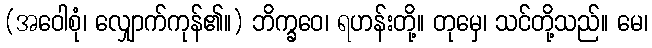
(အဝေါစုံ၊ လျှောက်ကုန်၏။) ဘိက္ခဝေ၊ ရဟန်းတို့။ တုမှေ၊ သင်တို့သည်။ မေ၊